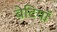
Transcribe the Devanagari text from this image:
बेटियाॅ